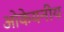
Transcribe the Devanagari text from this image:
ओकेयनीय